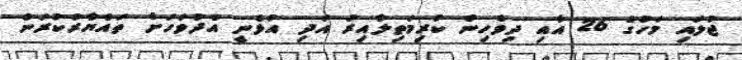
ޖުލައި މަހުގެ 26 އާއި ދިވެހިން ކުރިމަތިލާއިރު އަދި އުޅެނީ އެދުވަހަށް ތައްޔާރުކުރަން